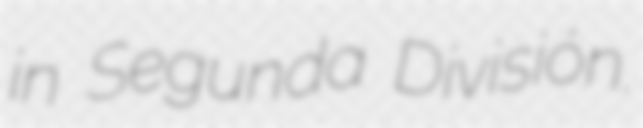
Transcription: in Segunda División.